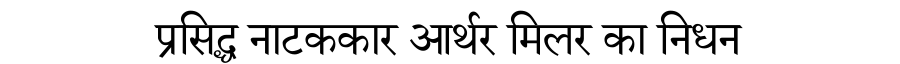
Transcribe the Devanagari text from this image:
प्रसिद्ध नाटककार आर्थर मिलर का निधन